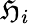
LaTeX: \mathfrak{H}_{i}